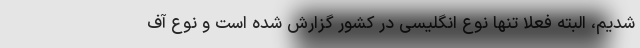
شدیم، البته فعلاً تنها نوع انگلیسی در کشور گزارش شده است و نوع آف